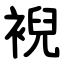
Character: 䘽